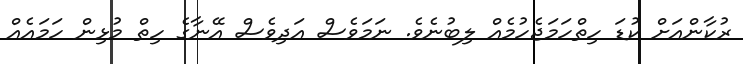
ރުކާންއަށް ކުޑަ ހިތްހަމަޖެހުމެއް ލިބުނެވެ. ނަމަވެސް އަދިވެސް އޭނާގެ ހިތް މުޅިން ހަމައެއް